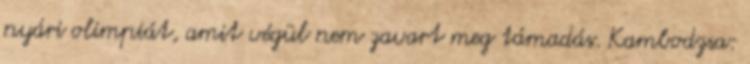
nyári olimpiát, amit végül nem zavart meg támadás. Kambodzsa: